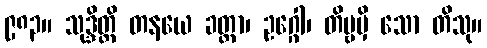
၉၈၃။ သုဒ္ဒိတ္ထိ တနယေ ခတ္တာ၊ ဥဂ္ဂေါ၊ တိဗ္ဗမှိ သော တိသု။